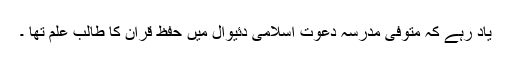
یاد رہے کہ متوفی مدرسہ دعوت اسلامی دئیوال میں حفظ قرآن کا طالب علم تھا ۔